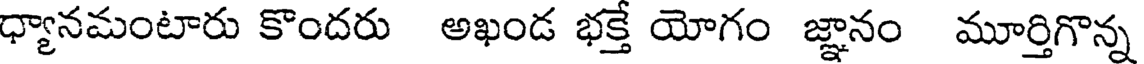
ధ్యానమంటారు కొందరు అఖండ భక్తే యోగం జ్ఞానం మూర్తిగొన్న